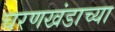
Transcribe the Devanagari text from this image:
चरणखंडाच्या